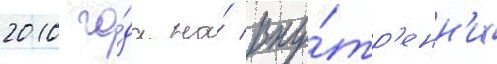
2010 го́да на́ вну́тр'енн'их